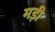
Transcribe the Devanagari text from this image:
मड़ी